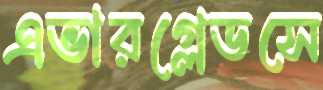
এভারগ্লেডসে